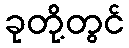
ခုတို့တွင်